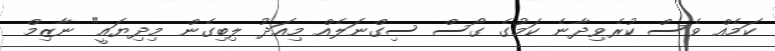
ކަމެއް ވެސް ކުރެވިދާނެ ކަމުގެ ގޯސް ސިގްނަލެއް މިއަދު ލިބިގެން މިދިޔައީ" ނާޒިމް